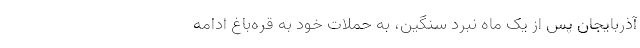
آذربایجان پس از یک ماه نبرد سنگین، به حملات خود به قره‌باغ ادامه